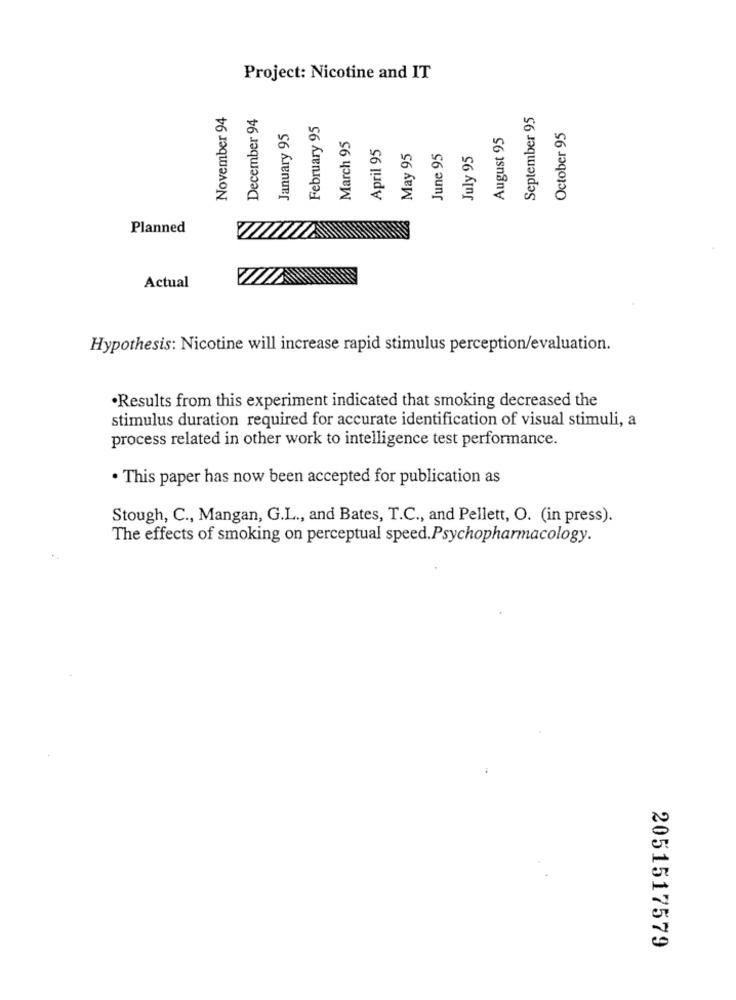
Project: Nicotine and IT
November 94
December 94
September 95
February 95
January 95
August 95
October 95
March 95
April 95
May 95
June 95
July 95
Planned
Actual
Hypothesis: Nicotine will increase rapid stimulus perception/evaluation.
.Results from this experiment indicated that smoking decreased the
stimulus duration required for accurate identification of visual stimuli, a
process related in other work to intelligence test performance.
· This paper has now been accepted for publication as
Stough, C ., Mangan, G.L ., and Bates, T.C ., and Pellett, O. (in press).
The effects of smoking on perceptual speed.Psychopharmacology.
2051517579